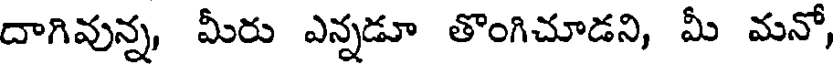
దాగివున్న, మీరు ఎన్నడూ తొంగిచూడని, మీ మనో,